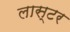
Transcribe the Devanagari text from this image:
लास्टर